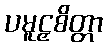
ပမူဠှစိတ္တာ